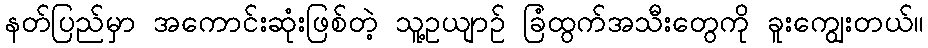
နတ်ပြည်မှာ အကောင်းဆုံးဖြစ်တဲ့ သူ့ဥယျာဉ် ခြံထွက်အသီးတွေကို ခူးကျွေးတယ်။